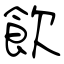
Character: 飲